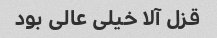
قزل آلا خیلی عالی بود